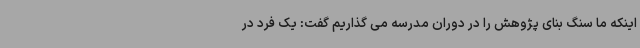
اینکه ما سنگ بنای پژوهش را در دوران مدرسه می گذاریم گفت: یک فرد در